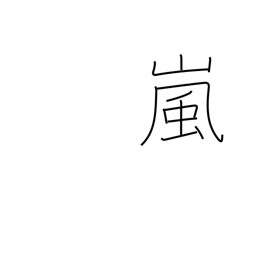
Meaning: storm